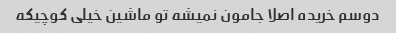
دوسم خریده اصلا جامون نمیشه تو ماشین خیلی کوچیکه